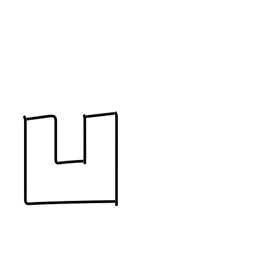
Meaning: sunken